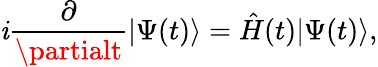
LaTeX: \mathit{i}\frac{{\partial}}{{\partialt}}|\Psi(t)\rangle=\hat{{H}}(t)|\Psi(t)\rangle,